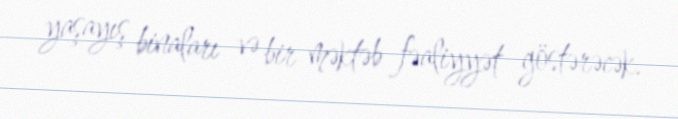
yaşayış binaları və bir məktəb fəaliyyət göstərəcək.